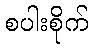
စပါးစိုက်